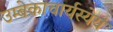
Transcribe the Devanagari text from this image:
उम्बेकाचार्यस्येयं